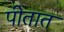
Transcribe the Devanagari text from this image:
पीतात